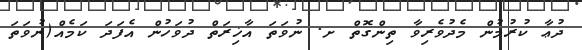
ދުޢާ ކުރުމުން މެދުވެރިވާ ތިންގޮތް ށ. ނުވަތަ އާޚިރަތް ދުވަހުން އެފަދަ ކަމެއް(ނުވަތަ